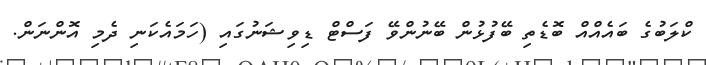
ކްލަބުގެ ބައެއްއް ބޮޑެތި ބޭފުޅުން ބޭނުންވޭ ފަސްޓް ޑިވިޝަނުގައި (ހަމައެކަނި ދެމި އޮންނަން.